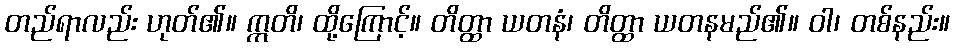
တည်ရာလည်း ဟုတ်၏။ ဣတိ၊ ထို့ကြောင့်။ တိတ္ထာ ယတနံ၊ တိတ္ထာ ယတနမည်၏။ ဝါ၊ တစ်နည်း။